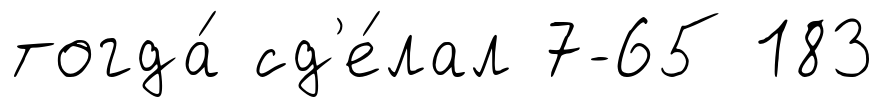
тогда́ сд'е́лал 7-65 183